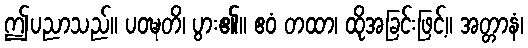
ဤပညာသည်။ ပဝဍ္ဎတိ၊ ပွား၏။ ဧဝံ တထာ၊ ထိုအခြင်းဖြင့်။ အတ္တာနံ၊